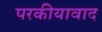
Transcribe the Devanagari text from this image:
परकीयावाद